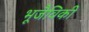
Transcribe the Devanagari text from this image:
भूजैविकी